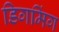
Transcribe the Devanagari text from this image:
डिगमिंग